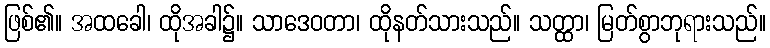
ဖြစ်၏။ အထခေါ၊ ထိုအခါ၌။ သာဒေဝတာ၊ ထိုနတ်သားသည်။ သတ္ထာ၊ မြတ်စွာဘုရားသည်။